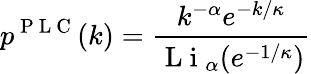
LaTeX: p^{\mathrm{~P~L~C~}}(k)=\frac{k^{-\alpha}e^{-k/\kappa}}{\mathrm{~L~i~}_{\alpha}(e^{-1/\kappa})}